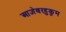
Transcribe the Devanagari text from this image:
आज्ञेबरहुकुम